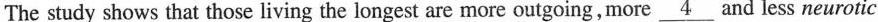
The study shows that those living the longest are more outgoing,more \underline{4} and less neurotic